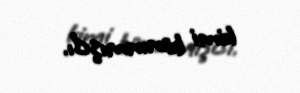
kimi tanınmışdı.